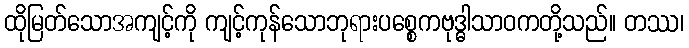
ထိုမြတ်သောအကျင့်ကို ကျင့်ကုန်သောဘုရားပစ္စေကဗုဒ္ဓါသာဝကတို့သည်။ တဿ၊